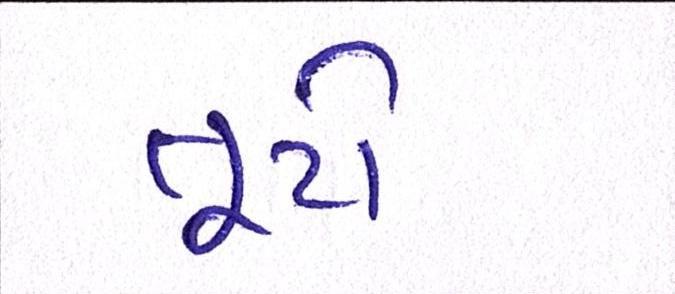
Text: તૂટો